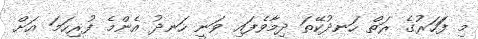
މި ފަަހަރުގެ ރަތް ހަނދުކޭތަ ދިމާވެފައި ވަނީ ހަނދު އެންމެ ފުރިހަަމަ އަށް